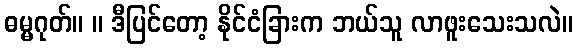
ဓမ္မဂုတ်။ ။ ဒီပြင်တော့ နိုင်ငံခြားက ဘယ်သူ လာဖူးသေးသလဲ။